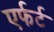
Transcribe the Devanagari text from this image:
एर्फर्ट